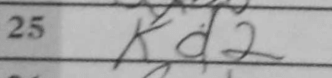
Transcription: Kd2